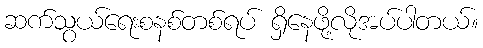
ဆက်သွယ်ရေးစနစ်တစ်ရပ် ရှိနေဖို့လိုအပ်ပါတယ်။